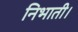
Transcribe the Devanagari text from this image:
निभाती।